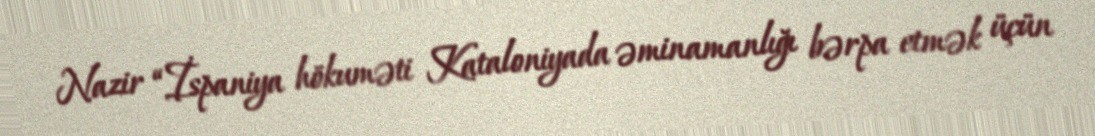
Nazir “İspaniya hökuməti Kataloniyada əminamanlığı bərpa etmək üçün